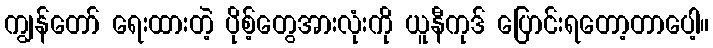
ကျွန်တော် ရေးထားတဲ့ ပိုစ့်တွေအားလုံးကို ယူနီကုဒ် ပြောင်းရတော့တာပေါ့။